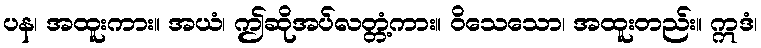
ပန၊ အထူးကား။ အယံ၊ ဤဆိုအပ်လတ္တံ့ကား။ ဝိသေသော၊ အထူးတည်း။ ဣဒံ၊